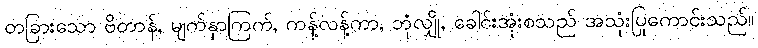
တခြားသော ဗိတာန်, မျက်နှာကြက်, ကန့်လန့်ကာ, ဘုံလျှို, ခေါင်းအုံးစသည် အသုံးပြုကောင်းသည်။